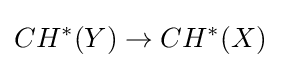
CH^{*}(Y)\to CH^{*}(X)